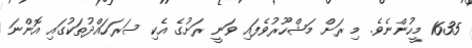
1635 މީހުންނެވެ. މި ރަށް މަޝްހޫރުވެފައި ވަނީ ރަށުގެ އެކި ސަރަހައްދުތަކުގައި އޮންނަ